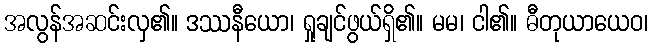
အလွန်အဆင်းလှ၏။ ဒဿနီယော၊ ရှုချင်ဖွယ်ရှိ၏။ မမ၊ ငါ၏။ ဓီတုယာယေဝ၊